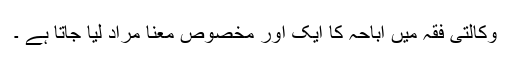
وکالتی فقہ میں اباحہ کا ایک اور مخصوص معنا مراد لیا جاتا ہے ۔